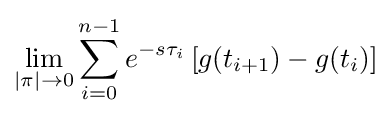
\lim _{|\pi |\to 0}\sum _{i=0}^{n-1}e^{-s\tau _{i}}\left[g(t_{i+1})-g(t_{i})\right]